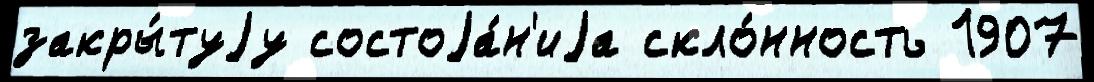
закры́туjу состоjа́н'иjа скло́нность 1907